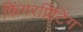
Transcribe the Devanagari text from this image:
फिंगरप्रिंटिंग